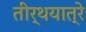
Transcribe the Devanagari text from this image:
तीर्थयात्रे